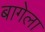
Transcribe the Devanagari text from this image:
बागेला